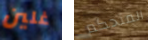
غلين المتحكم